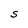
Character: S